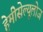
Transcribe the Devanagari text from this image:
हेमीसेल्यूलोज